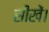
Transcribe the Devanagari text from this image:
सीखें।